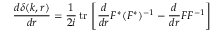
\frac { d \delta ( k , r ) } { d r } = \frac { 1 } { 2 i } \, \mathrm { t r } \, \left[ \frac { d } { d r } F ^ { * } ( F ^ { * } ) ^ { - 1 } - \frac { d } { d r } F F ^ { - 1 } \right] \,